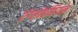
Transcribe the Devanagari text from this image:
एंग्लोइंडियन